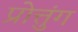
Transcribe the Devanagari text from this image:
प्रोत्तुंग